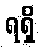
ရရှိ